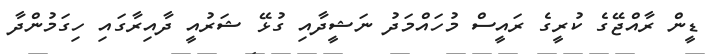
ޑީން ރާއްޖޭގެ ކުރީގެ ރައީސް މުހައްމަދު ނަޝީދާއި ގުޅޭ ޝަރުއީ ދާއިރާގައި ހިގަމުންދާ